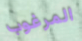
المرغوب